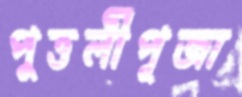
পুত্তলীপূজা